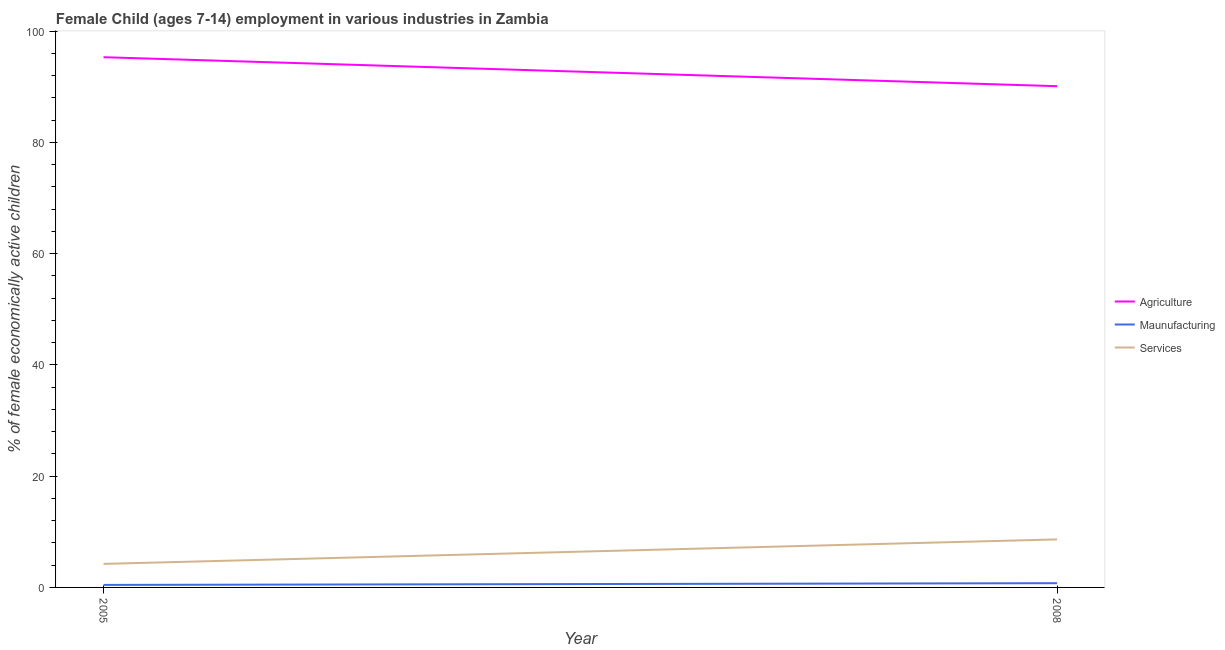
| Year | Agriculture | Maunufacturing | Services |
 | --- | --- | --- | --- |
 | 2005 | 95.3 | 0.45 | 4.23 |
 | 2008 | 90.1 | 0.76 | 8.63 |